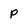
Character: p